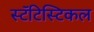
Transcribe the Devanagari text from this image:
स्टॅटिस्टिकल